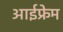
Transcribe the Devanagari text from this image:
आईफ्रेम